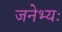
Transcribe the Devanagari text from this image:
जनेभ्यः